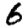
Digit: 6